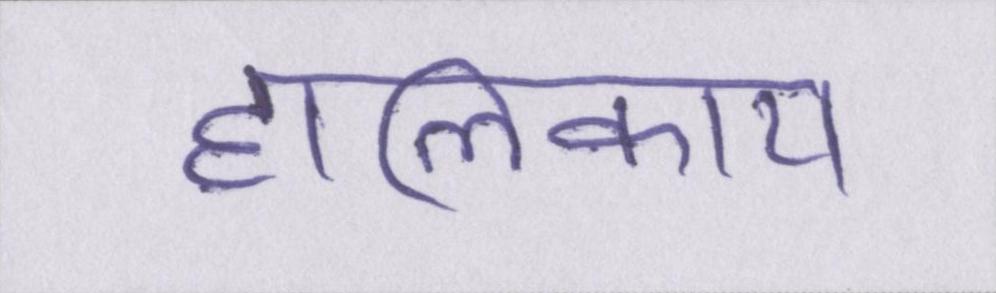
हालिकाय